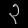
Digit: ၃